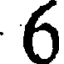
6